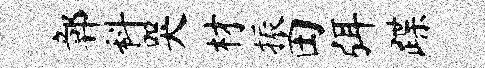
鄣科哭材振田弭蹀